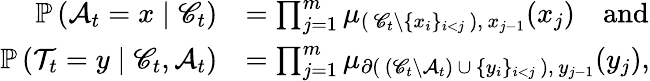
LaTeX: \begin{array}{rl}{\mathbb{P}\left(\mathcal{A}_{t}=x\mid\mathscr{C}_{t}\right)}&{=\prod_{j=1}^{m}\mu_{(\, \mathscr{C}_{t}\setminus\{ x_{i}\} _{i<j}\, ),\, x_{j-1}}(x_{j})\quad\mathrm{and}}\\ {\mathbb{P}\left(\mathcal{T}_{t}=y\mid\mathscr{C}_{t},\mathcal{A}_{t}\right)}&{=\prod_{j=1}^{m}\mu_{\partial(\, (\mathscr{C}_{t}\setminus\mathcal{A}_{t})\, \cup\, \{ y_{i}\} _{i<j}\, ),\, y_{j-1}}(y_{j}),}\end{array}